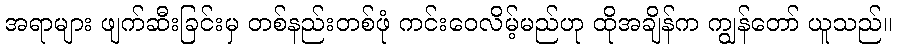
အရာများ ဖျက်ဆီးခြင်းမှ တစ်နည်းတစ်ဖုံ ကင်းဝေလိမ့်မည်ဟု ထိုအချိန်က ကျွန်တော် ယူသည်။